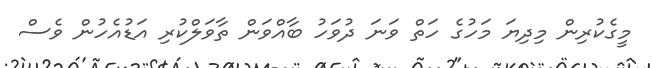
މީގެކުރިން މިދިޔަ މަހުގެ ހަތް ވަނަ ދުވަހު ބާއްވަން ތާވަލްކުރި އަޑުއެހުން ވެސް